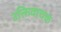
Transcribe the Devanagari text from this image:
उक्तिवाचक